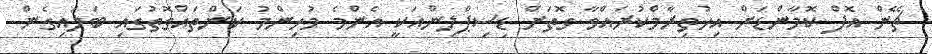
ޗޭން އޮފް ކޮމާންޑަށް އިހުތިރާމްކުރައްވާ ގޮތަށް ޑިސިޕްލިންއަކީ އެންމެ މުހިންމު ކަންތައްގޮތުގައި ބަަލައިގެން